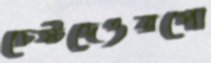
চেষ্টদেওরপো